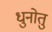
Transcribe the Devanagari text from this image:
धुनोतु